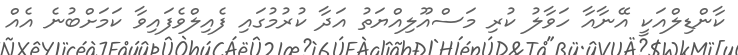
ކާންޑިލްއަކީ އޭނާއާ ހަވާލު ކުރި މަސްއޫލިއްޔަތު އަދާ ކުރުމުގައި ފެއިލްވެފައިވާ ކަމަށްބުނެ އެއް